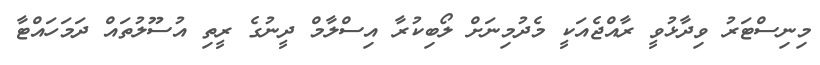
މިނިސްޓަރު ވިދާޅުވީ ރާއްޖެއަކީ މެދުމިނަށް ލޯބިކުރާ އިސްލާމް ދީނުގެ ރީތި އުސޫލުތައް ދަމަހައްޓާ